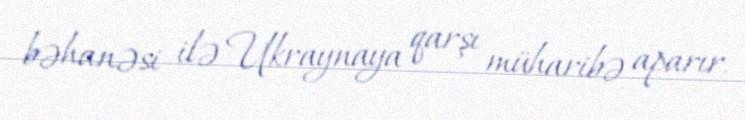
bəhanəsi ilə Ukraynaya qarşı müharibə aparır.